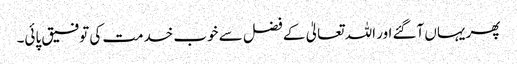
پھر یہاں آگئے اور اللہ تعالیٰ کے فضل سے خوب خدمت کی توفیق پائی۔